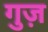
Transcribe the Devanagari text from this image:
गुज़